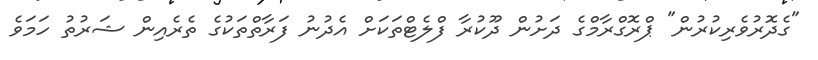
"ގެދޮރުވެރިކުރުން" ޕްރޮގްރާމްގެ ދަށުން ދޫކުރާ ފްލެޓްތަކަށް އެދުނު ފަރާތްތަކުގެ ތެރެއިން ޝަރުތު ހަމަވެ